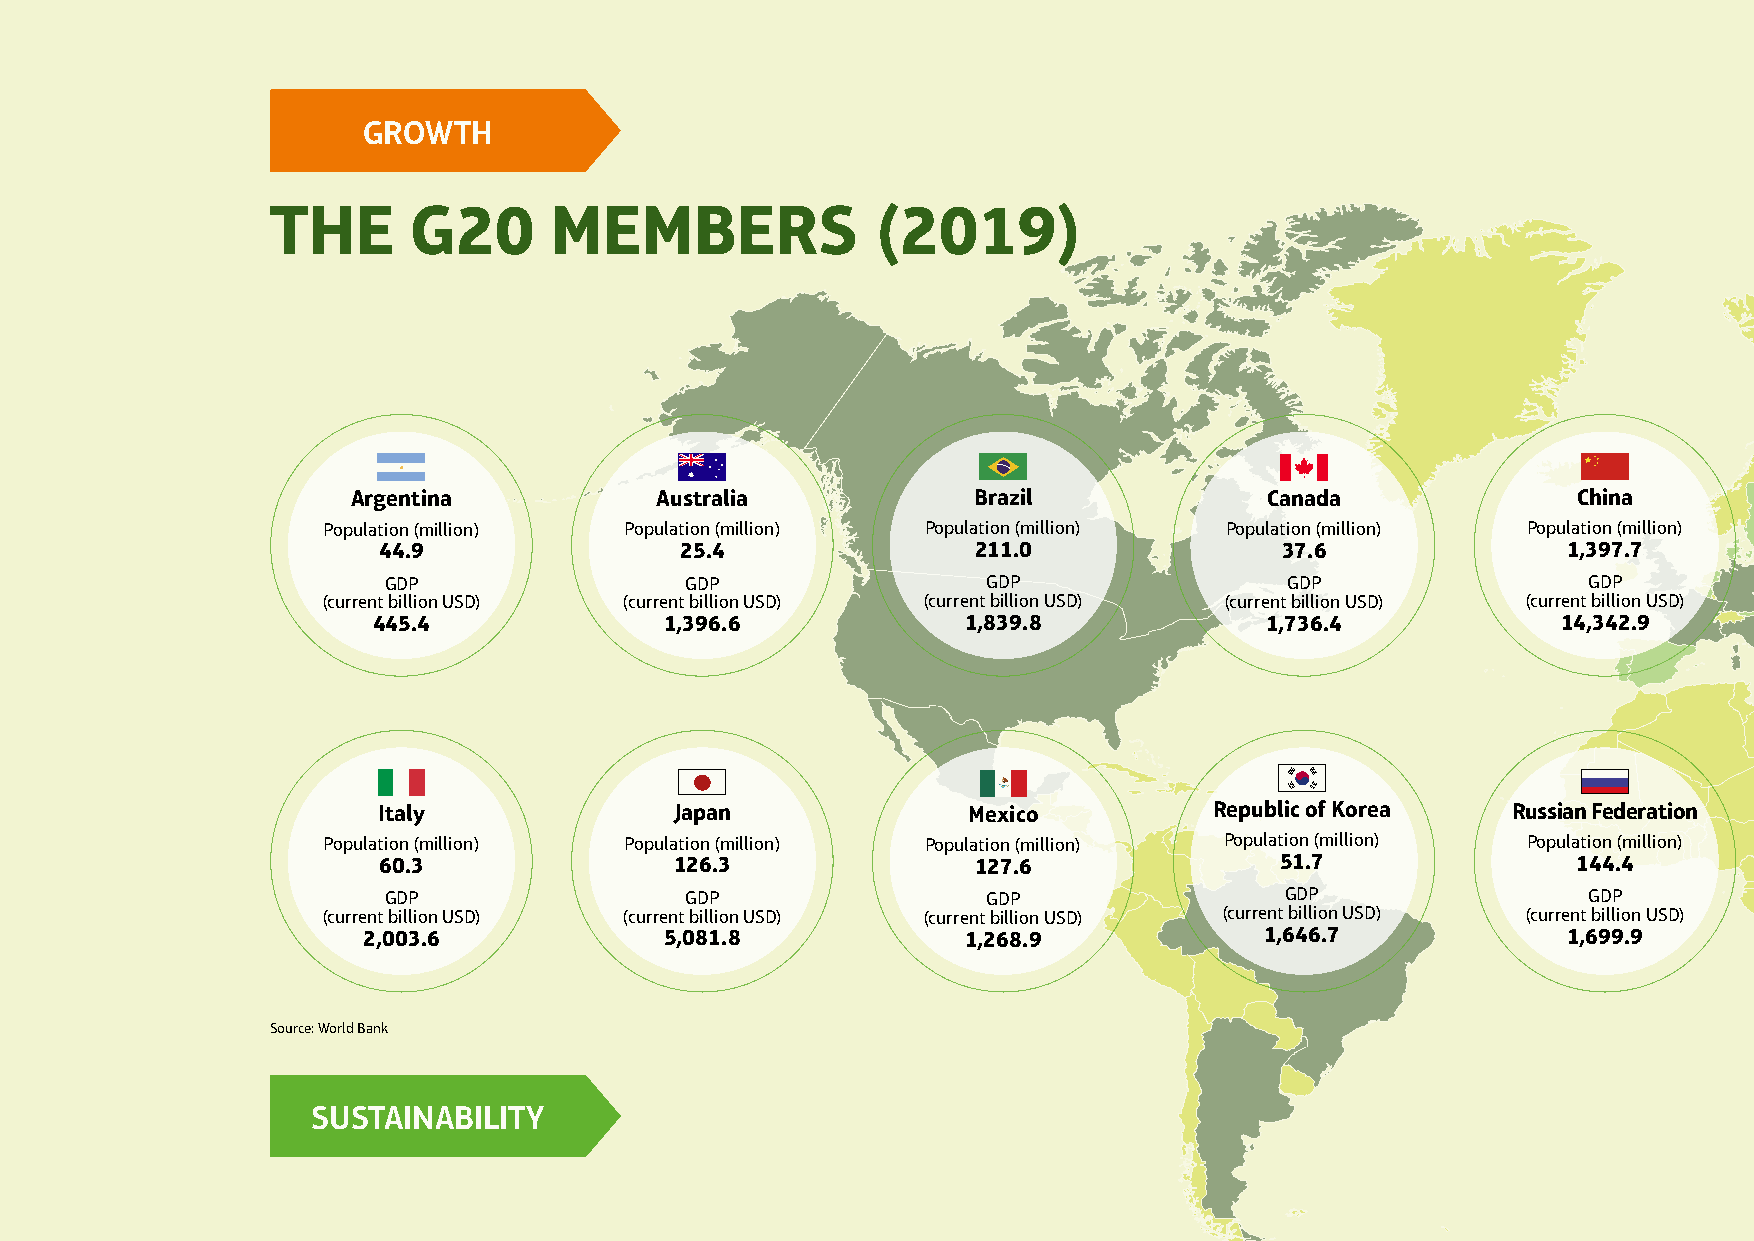
GROWTH
 THE      G20      MEMBERS               (2019)
 Argentina           Australia            Brazil              Canada              China
 Population (million) Population (million) Population (million) Population (million) Population (million)
 44.9                25.4                211.0               37.6               1,397.7
 GDP                 GDP                 GDP                 GDP                 GDP
 (current billion USD) (current billion USD) (current billion USD) (current billion USD) (current billion USD)
 445.4              1,396.6             1,839.8             1,736.4            14,342.9
 Italy               Japan              Mexico          Republic of Korea   Russian Federation
 Population (million) Population (million) Population (million) Population (million) Population (million)
 60.3                126.3               127.6               51.7               144.4
 GDP                 GDP                 GDP                 GDP                 GDP
 (current billion USD) (current billion USD) (current billion USD) (current billion USD) (current billion USD)
 2,003.6             5,081.8             1,268.9             1,646.7             1,699.9
 Source: World Bank
 SUSTAINABILITY
 6